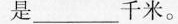
是___千米。